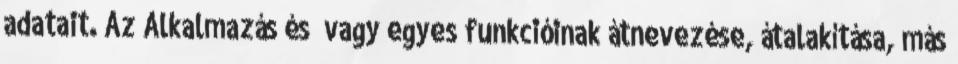
adatait. Az Alkalmazás és vagy egyes funkcióinak átnevezése, átalakítása, más